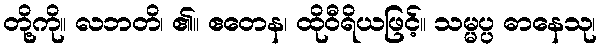
တို့ကို။ လဘတိ၊ ၏။ ဧတေန၊ ထိုဝီရိယဖြင့်။ သမ္မပ္ပ ဓာနေသု၊